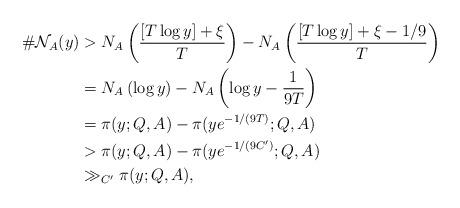
LaTeX: \begin{align*} \# \mathcal{N}_A(y)&> N_A\left(\frac{[T\log y]+\xi}{T}\right) - N_A\left(\frac{[T\log y]+\xi - 1/9}{T}\right) \\ &= N_A\left(\log y\right) - N_A\left(\log y - \frac{1}{9T}\right) \\ &=\pi(y;Q,A) - \pi(y e^{-1/(9T)};Q,A) \\&>\pi(y;Q,A) - \pi(y e^{-1/(9C')};Q,A)\\&\gg_{C'} \pi(y;Q,A),\end{align*}